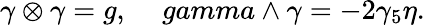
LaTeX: \gamma\otimes\gamma=g,\ \ \ \ \, gamma\wedge\gamma=-2\gamma_{5}\eta.